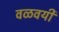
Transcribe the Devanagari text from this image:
वळवयी